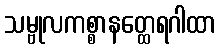
သမ္ဗုလကစ္စာနတ္ထေရဂါထာ